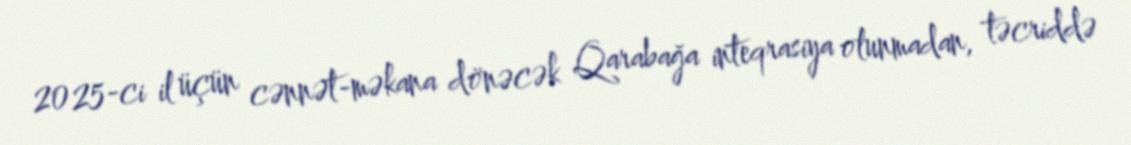
2025-ci il üçün cənnət-məkana dönəcək Qarabağa inteqrasiya olunmadan, təcriddə